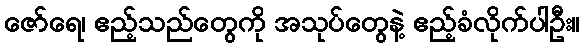
ဇော်ရေ၊ ဧည့်သည်တွေကို အသုပ်တွေနဲ့ ဧည့်ခံလိုက်ပါဦး။